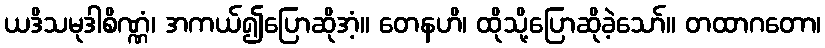
ယဒိသမုဒါစိဏ္ဏံ၊ အကယ်၍ပြောဆိုအံ့။ တေနဟိ၊ ထိုသို့ပြောဆိုခဲ့သော်။ တထာဂတော၊